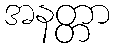
အနတ္တာ